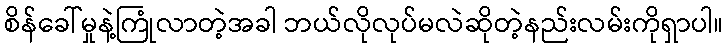
စိန်ခေါ်မှုနဲ့ကြုံလာတဲ့အခါ ဘယ်လိုလုပ်မလဲဆိုတဲ့နည်းလမ်းကိုရှာပါ။